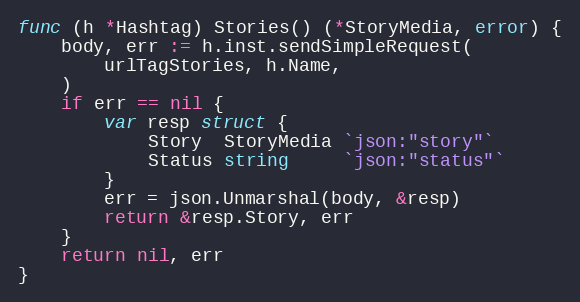
Language: Go
func (h *Hashtag) Stories() (*StoryMedia, error) {
	body, err := h.inst.sendSimpleRequest(
		urlTagStories, h.Name,
	)
	if err == nil {
		var resp struct {
			Story  StoryMedia `json:"story"`
			Status string     `json:"status"`
		}
		err = json.Unmarshal(body, &resp)
		return &resp.Story, err
	}
	return nil, err
}